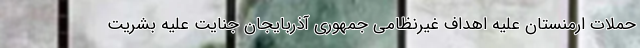
حملات ارمنستان علیه اهداف غیرنظامی جمهوری آذربایجان جنایت علیه بشریت